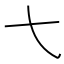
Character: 𫠠